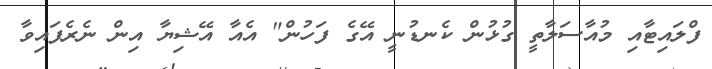
ފްލައިޓާއި މުއާސަލާތީ ގުޅުން ކެނޑުނީ އޭގެ ފަހުން" އެއާ އޭޝިޔާ އިން ނެރެފައިވާ